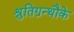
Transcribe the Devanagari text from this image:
श्रुतिग्रन्थौके